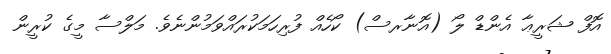
އޮފް ޝަރީޢާ އެންޑް ލޯ (އޮނާރސް) ކޯހެއް ފުރިހަމަކުރައްވަމުންނެވެ. މަލްސާ މީގެ ކުރީން